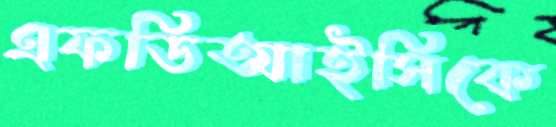
এফডিআইসিকে